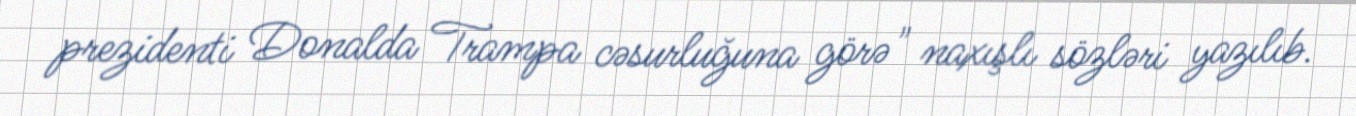
prezidenti Donalda Trampa cəsurluğuna görə" naxışlı sözləri yazılıb.